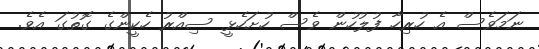
ނަމަވެސް އެ ހުރިހާ ފުލުހުން ވެސް ހުށަހެޅީ ސިއްރު ހެކީންގެ ގޮތުގަ އެވެ.